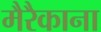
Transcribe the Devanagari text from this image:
मैरैकाना